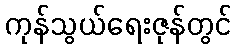
ကုန်သွယ်ရေးဇုန်တွင်